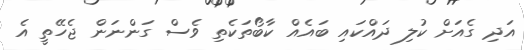
އަދި ގެއަށް ކުލި ދައްކައި ބައެއް ކާބޯތަކެތި ވެސް ގަންނަން ޖެހޭތީ އެ